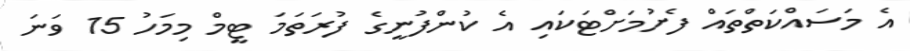
އެ މަސައްކަތްތައް ފެށުމަށްޓަކައި އެ ކުންފުނީގެ ފުރަތަމަ ޓީމް މިމަހު 15 ވަނަ